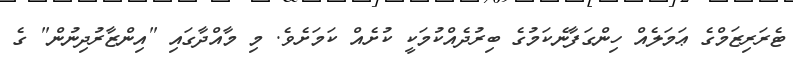
ޓެރަރިޒަމްގެ ޢަމަލެއް ހިންގަފާނެކަމުގެ ބިރުދެއްކުމަކީ ކުށެއް ކަމަށެވެ. މި މާއްދާގައި "އިންޒާރުދިނުން" ގެ